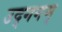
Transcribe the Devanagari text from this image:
उद्गगम्